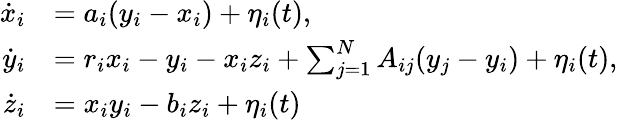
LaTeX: \begin{array}{rl}{\dot{x}_{i}}&{=a_{i}(y_{i}-x_{i})+\eta_{i}(t),}\\ {\dot{y}_{i}}&{=r_{i}x_{i}-y_{i}-x_{i}z_{i}+\sum_{j=1}^{N}A_{ij}(y_{j}-y_{i})+\eta_{i}(t),}\\ {\dot{z}_{i}}&{=x_{i}y_{i}-b_{i}z_{i}+\eta_{i}(t)\, }\end{array}